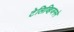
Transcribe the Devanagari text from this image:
टेलिव्हिजनने